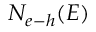
N _ { e { \mathrm { - } } h } ( E )